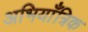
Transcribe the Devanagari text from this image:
अभियाँत्रिक